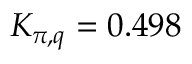
K _ { \pi , q } = 0 . 4 9 8